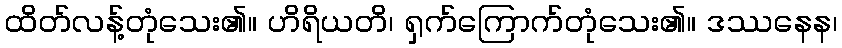
ထိတ်လန့်တုံသေး၏။ ဟိရိယတိ၊ ရှက်ကြောက်တုံသေး၏။ ဒဿနေန၊